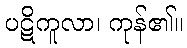
ပဋိကူလာ၊ ကုန်၏။